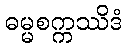
ဓမ္မစက္ကဿိဒံ